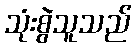
သုံးစွဲသူသည်